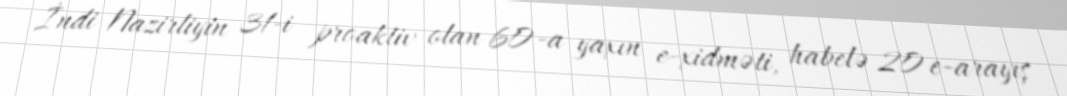
İndi Nazirliyin 31-i proaktiv olan 60-a yaxın e-xidməti, habelə 20 e-arayış